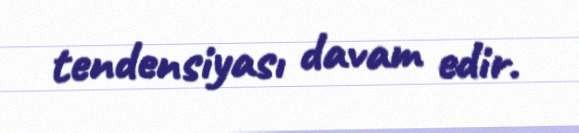
tendensiyası davam edir.